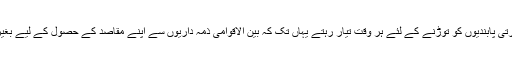
انہوں نے معاشرتی اصولوں کا کبھی احترام نہیں کیا، معاشرتی پابندیوں کو توڑنے کے لئے ہر وقت تیار رہتے یہاں تک کہ بین الاقوامی ذمہ داریوں سے اپنے مقاصد کے حصول کے لیے بغیر کسی پچھتاوے اور قتل عام کے خوف کے روگردانی کی۔